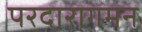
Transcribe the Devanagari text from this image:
परदारागमन